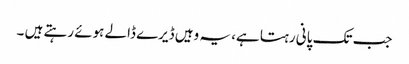
جب تک پانی رہتا ہے، یہ وہیں ڈیرے ڈالے ہوئے رہتے ہیں ۔